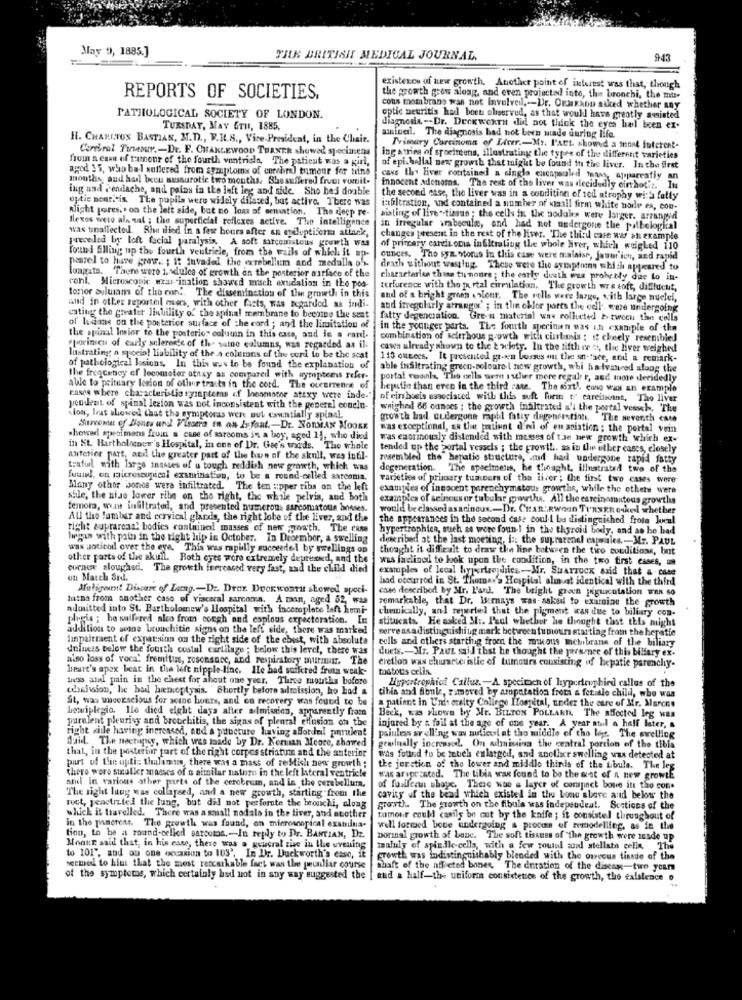
May 9, 1885.]
TIUN BRITISH MEDICAL JOURNAL.
943
existence of new growth. Another point of interest was that, though
REPORTS OF SOCIETIES.
the growth grow along, and even projectal into, the bronchi, the mu-
cous membrane was not involveil ,- Dr. OKMIKROD asked whether any
PATHOLOGICAL SOCIETY OF LONDON.
optic neuritis had boet oliserved, as that would have greatly assisted
TUESDAY, MAY 6TH, 1885.
diagnosis -- Dr. Deck wexrit did not think the eyes hel been ex-
H. CHARUTOS BASTIAN, M.D ., V.I.S ., Vice-President, in the Chair.
minal. The diagnosis had not been made during life.
Corriral Tanesur .- Dr. F. CHAMLEWOOD TURNER showed Specimens
Tvimary Carcinoma of Liver .- My. PAEL showed a mont futcrest-
from a casa of tumour of the fourth ventricle, The patient was a girl,
ing strins of specimens, illustrating the types of the different varieties
aged 35, who bal anifered from symptoms of cerebral tumour for nina
of epi.hallal new growth that might be found in the liver. In the first
months, and hal been sussurotic two months. Shesuffered fruct vomit-
cave thy liver contained a single encapsuled toast, apparently an
ing and i'endache, and pains in the left leg and sidle. Sho hei doable
innocent adenomas. The rest of the liver was decidedly cin hot'z. In
optie neur. is The pupils were widely difaced, but active. There was
the second case, the liver was in a condition of ted atrophy with fatty
Alight pores .. on the left side, but no loss of memation. The deep re-
iableration, wid contained a number of small firm white hodle es, con-
flexos were ala sal ; the superficial reflexes active. The intelligence
siting of live" tisme ; the cells in the nodules were larger. arrangeil
was tinaffected. She died in a few hours after an epileptiform attack,
in irregular irabecalm, and had not undergone the pathological
preceded by loft facial paralysis. A soft sarcomatous growth was
changes present in the rest of the liwr. "The third case war an example
tound Slling up the fourth ventricle, from the wails of which it sp-
of primary carcinoma infiltraling the whole Niver, which weighed 110
peared to have grave. ; it invaded the exrebellum and medalla off-
ounces. The syn. otorus in this case were malaise, janur.ien, and rapid
longata. There were Ladulcs of growth on the posterior surface of the
death without wasting. Those were the symptoms which appeared to
cont. Microsconie waar- ination showed mich exudation in the pos-
characterisa thisa tumours ; the early douth was prohebly due to in-
terfurence with the Ix rtal circulation. The growth wre soft, difflucht,
The dissemination of the growth in this
and of a bright green «slonr. The cells were large, with large nuclel,
and in other reporteil muss, with other facts, was regarded as indi-
and irregularly arrangi' ; in the chlor ports the cell. were undergoing
cating the greater linbility of the spinal membmne to become the seat
fatty degenciation. Gre-u material was rollicted & twocu the cells
ol' lations on the posterior surface of the cord ; and the limitation of
-in the younger porta. The fourth sperinien was ins example of -the
the spinal Insier to the posterior column in this case, and is a rand.
combination of scirrhous growth with ciartonis ; it cheely resembled
storinich of carly selereis of the sathe columns, was regarded as il.
cawa already shown to the k wlety. In the fifth or , the liver weighed
lustrating a spocio! liability of the a columns of the cord to be the scat
115 omeecs. It presented green bosses ou the sn-face, atil a remark-
of pathological losions, In this was to be found the explanation of
able inaltrating green-poloure I new growth, whi ha-ivanced along the
the freqcency of locomotor ataxy as compared with symptoms refer-
portal vedinls, The cells were 1 sther mere regal r, and more decidedly
able to prituary lesion of other tracts in the cord. The occurrence of
hepatic than even in the third cate. The sixth, cose was an example
cases where characteristic symptoms of losmotor attxy were inde-"
of ein boets associated with this soft form or careincant, The liver
pendent of spinal lesion was not inconsistent with the generel coneln-
wnighed 66 ounces ; the growth inaltrated a'i the portal veswh, The
"los, lest showed that the symptoras were wut csentially spinal.
growth had undergone mohl fatty degeneration. The seventh cate
Sarcomu of Bones und Fircera in an Infant .- Dr. NORMAN MOORE
was exceptional, sa the patient d'ni of en aviation ; the portal vein
showed specimens fruin a case of sarsoms in a boy, aged 14, who died
was enotinously distended with masses of the new growth which ex-
in St. Bartholocnew's Hospital, in one of Dr. Gee's wards. The whole
tended up the portal vessels ; the growth. sa in the other cases, closely
anterior part, and the greater part of time hun of the skull, was infil-
resembled the hepatic structure, and has undergone rapid fatty
teaturl with large innsses of u tough reddish new growth, which was
degeneration. The specimens, he thought, illustrated two of the
fuwird, on microscopical examination, to be a round-celled sarconis.
varieties of primary tum ours of the liver; the first two cases were
Many other bonos were infiltrated. The ten upper ribs on the left
examples of innocent parenchymatour growthe, while the others were
sile, the niae lower ribs on the right, the while pelvis, and both
examples of seineuser tubular growth. All the eareinemuteas growthus
femora, wous infiltrated, and presented numerous sarcomatous bonnes.
would be classedasarincus .- Dr. CHAR.RWOon TURSER onkel whether
All the fambar and cervical glards, the right lobe of the liver, and the
the appearances in the second case could be distinguished frota Jucal
right suprareal! bodies contained masses of new youth. The case
hypertrophica, such as were foun-I in the thyroid body, and so be bad
begin with pain in the right hip in October. In December, a swelling
dicribed at the last moeting, i :: the suprarenel exprales .- Mr. PAUL
wax noticed over the eye. This was rapidly succeedlei by swellings op
thought it difficult to draw the line between the tiro conditions, but
other parts of the skull. Both eyes were extremely depressed, and the
was faclined to look upon the condition, in the two first cases, um
ournee sloughed. The growth feercased very fast, and the child died
examples of local hypertrophics-Mr. SHATTOCK said that & case
un Match Srd.
had occurred in St. Thomas's Hospital almost identical with the third
Muligment Discare of Lang. - Dr. Drex. Deerwonrit showed speci-
cass described by Mr. L'art. The bright green piguacutalion Wen so
Intna from another case of visceral sarcoma. A man, aged 52, was
remarkable, that Dr. Iernays was-asked to examine the growth
admitted into St. Bartholomew's Hospital with incomplete left komi-
chemically, and reyertel that the pigment was due to biliary con-
plugis ; he sulfered also from cough and copious expectoration. In
stitucats. He asked Si .. I'sol whether he thought tust this might
addition to sene Lconchitin signs on the left side, there was marked
serve asadistinguishing mark between tumours starting from the hepatie
impairment of expatsion on the right side of the chest, with absolute
cells and others starting from the mikous mchibrans of the biliary
dniness below the fourth costal cartilage ; below this level, there was
duets. Mr. Paul said that he thought the personce of this biliary ex-
alno loss of voca' fremitus, rosensure, and respiratory murman. The
heart's apex beat in the left nipple-line. Ile bad suifred fruta weak-
eretion was chuseter istic of tumours consisting of bepatie parenchy-
tostous celis.
ness and pain in the chest for about one year, Three months before
Hypertrophicd Callos. - A specirich of hypertrophied callus of the
cdoelision, he had himoptysis. "Shortly before admission, ho had a
St, was unconscious for some hours, and en recovery was found to be
tibia and fibule, removed by aropatation froci a fet ale child, who was
a patient in Undt ctaity College Hospital, under the cure of Mr. Marcos
hemiplegio. lle died eight days after almission, apparently from
purulent pleurisy and bronchitis, the signs of plental effusion on the
Beck, was shown by Mr. BILTON POLLARD. The affected leg was
right side having increased, and a puncture having aBordel purulent
injured by a foil at the age of one year. A year atul a half later, a
datid. The neerupsy, which was made by Dr. Norman Meore, thawed
painless swelling was autiest at the middle of the log. The swelling
that, in the posterior port of the right corpos striatum and the anterior
geelnally increased. On admiuing the central portion of the tibis
was found to be tetich enlarged, and another swelling was detected at
part of the opti: thalamus, there was a mass of restich new growth ;
there were smaller masses of a similar nature in the left lateral ventricle
the jerstion of the lower and middle thinis of the Lbula. The les
was ariprosted. The Libia was found to be the most of a new growLE
andl in various other parts of the cerebrum, and in the curebellum,
of fuallecins shopc. There was a layer of compinet boue itt the com.
The right lang was collapsed, and a new growth, starting from the
cavity of the bead which existel in the Lone above and below the
rect, penetrated the lung, but dil not perforate the bronchi, along
growth. The growth on the fibula was independent. Sections of the
which it travelled. There was a small nodals in the liver, and atother
tumour could casily be cut by the knife ; it consisted thrusghout of
In the panerent. The growth was found, on microscopical examina-
well formed bone undergoing a process of remodelling, as in the
tion, to be a round-celled sarcoma .- In reply to Pr. BANTIAN, Dr.
porinal growth of bone. The soft tissues of "the growth were zesde up
MoonE said that, in his case, there was o geucral rise in the evening
tmainly of spindle cells, with a few round and stellato celle. The
to 101", and ou one occasion to 103'. In Dr. Duckworth's caso, it
growth was indistinguishably blended with the carcous tissde of the
seemed to him that the most remarkable fact was the peculiar course
Shaft of the afflicted bones. The duration of the disease-two years
of the symptoms, which certainly had not in any way suggested the
[ and a half-the uniforms consistence of the growth, the existence o